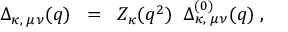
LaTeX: \Delta _ { \kappa , \; \mu \nu } ( q ) \; \; = \; \; { \cal Z } _ { \kappa } ( q ^ { 2 } ) \; \; \Delta _ { \kappa , \; \mu \nu } ^ { ( 0 ) } ( q ) \; ,